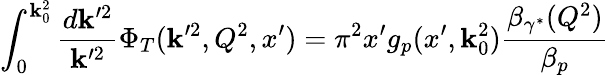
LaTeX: \int_{0}^{\mathbf{k}_{0}^{2}}{\frac{{d\mathbf{k}^{\prime2}}}{{\mathbf{k}^{\prime2}}}}\Phi_{T}(\mathbf{k}^{\prime2},Q^{2},x^{\prime})=\pi^{2}x^{\prime}g_{p}(x^{\prime},\mathbf{k}_{0}^{2}){\frac{{\beta_{\gamma^{*}}(Q^{2})}}{{\beta_{p}}}}